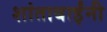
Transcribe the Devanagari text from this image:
शांताबार्इंनी